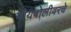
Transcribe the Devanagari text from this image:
मायबोलीवरचे